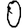
Digit: 0